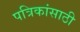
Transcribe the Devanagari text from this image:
पत्रिकांसाठी